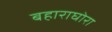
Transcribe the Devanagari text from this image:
बहाराघोरा